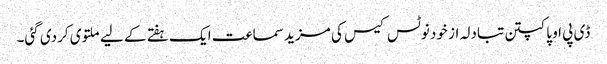
ڈی پی او پاکپتن تبادلہ از خود نوٹس کیس کی مزید سماعت ایک ہفتے کے لیے ملتوی کردی گئی۔